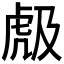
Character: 𱿐